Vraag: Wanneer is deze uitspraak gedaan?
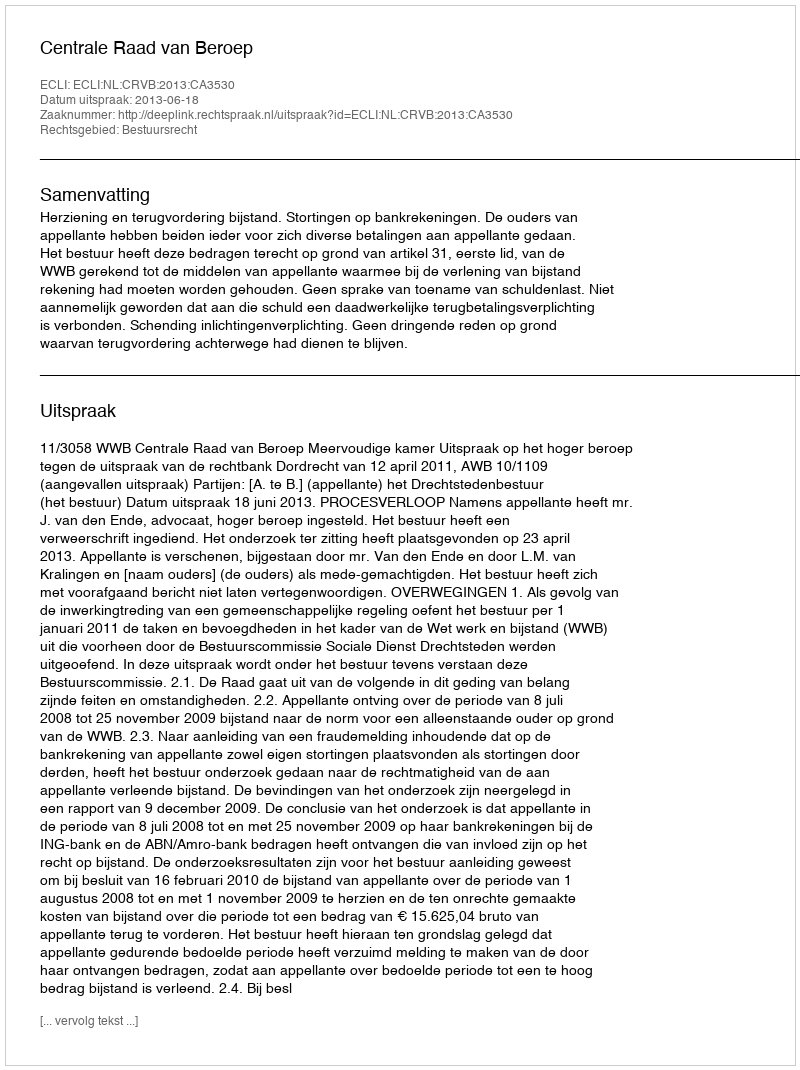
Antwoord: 2013-06-18